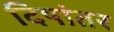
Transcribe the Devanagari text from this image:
दिषांतर